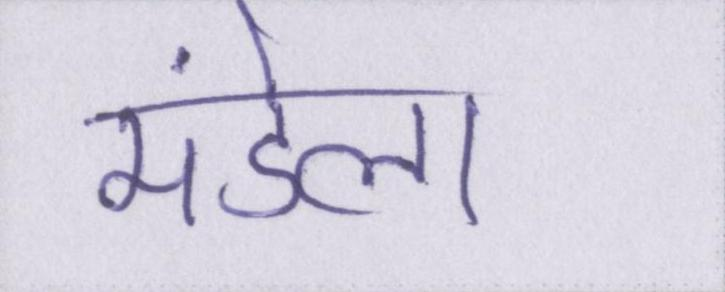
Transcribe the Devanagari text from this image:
मंडेला